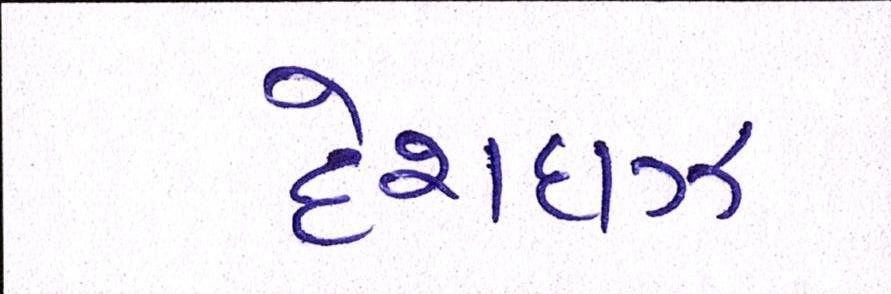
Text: દેશદાઝ